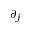
\partial _ { j }